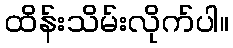
ထိန်းသိမ်းလိုက်ပါ။